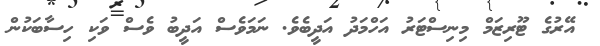
އޭރުގެ ޓޫރިޒަމް މިނިސްޓަރު އަހްމަދު އަދީބެވެ. ނަމަވެސް އަދީބު ވެސް ވަކި ހިސާބަކުން